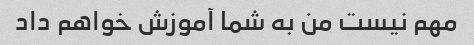
مهم نیست من به شما آموزش خواهم داد